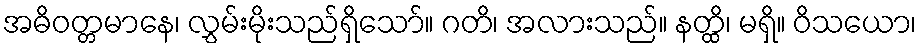
အဓိဝတ္တမာနေ၊ လွှမ်းမိုးသည်ရှိသော်။ ဂတိ၊ အလားသည်။ နတ္ထိ၊ မရှိ။ ဝိသယော၊